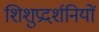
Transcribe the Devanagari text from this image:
शिशुप्रदर्शनियों